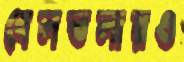
বেলতলায়ও